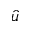
\hat { u }